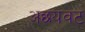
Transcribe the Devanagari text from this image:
अछयवट